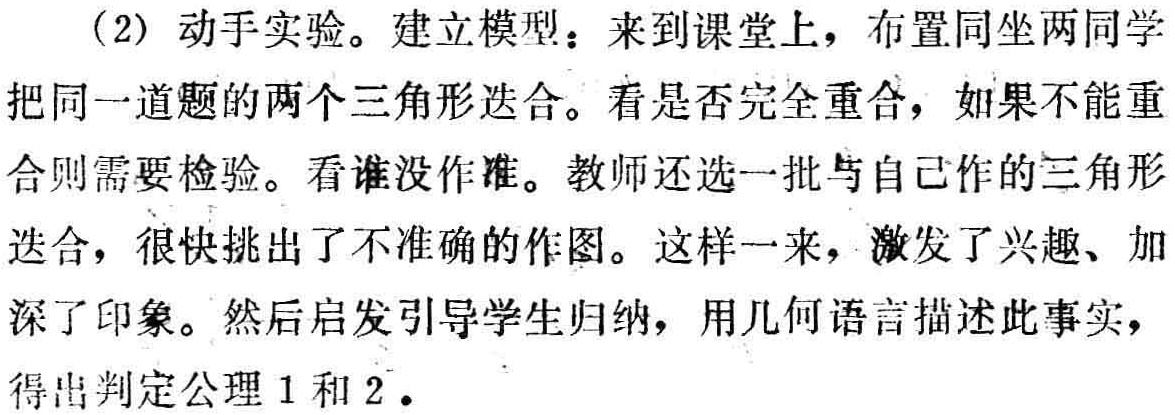
（2）动手实验。建立模型：来到课堂上，布置同坐两同学把同一道题的两个三角形迭合。看是否完全重合，如果不能重合则需要检验。看谁没作准。教师还选一批与自己作的三角形迭合，很快挑出了不准确的作图。这样一来，激发了兴趣、加深了印象。然后启发引导学生归纳，用几何语言描述此事实，得出判定公理1和2.